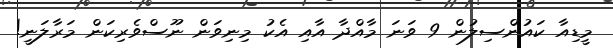
މީޑިއާ ކައުންސިލުން 9 ވަނަ މާއްދާ އާއި އެކު މިނިވަން ނޫސްވެރިކަން މަރާލަނީ!